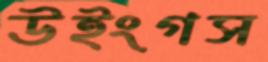
উইংগস